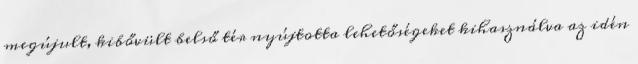
megújult, kibővült belső tér nyújtotta lehetőségeket kihasználva az idén